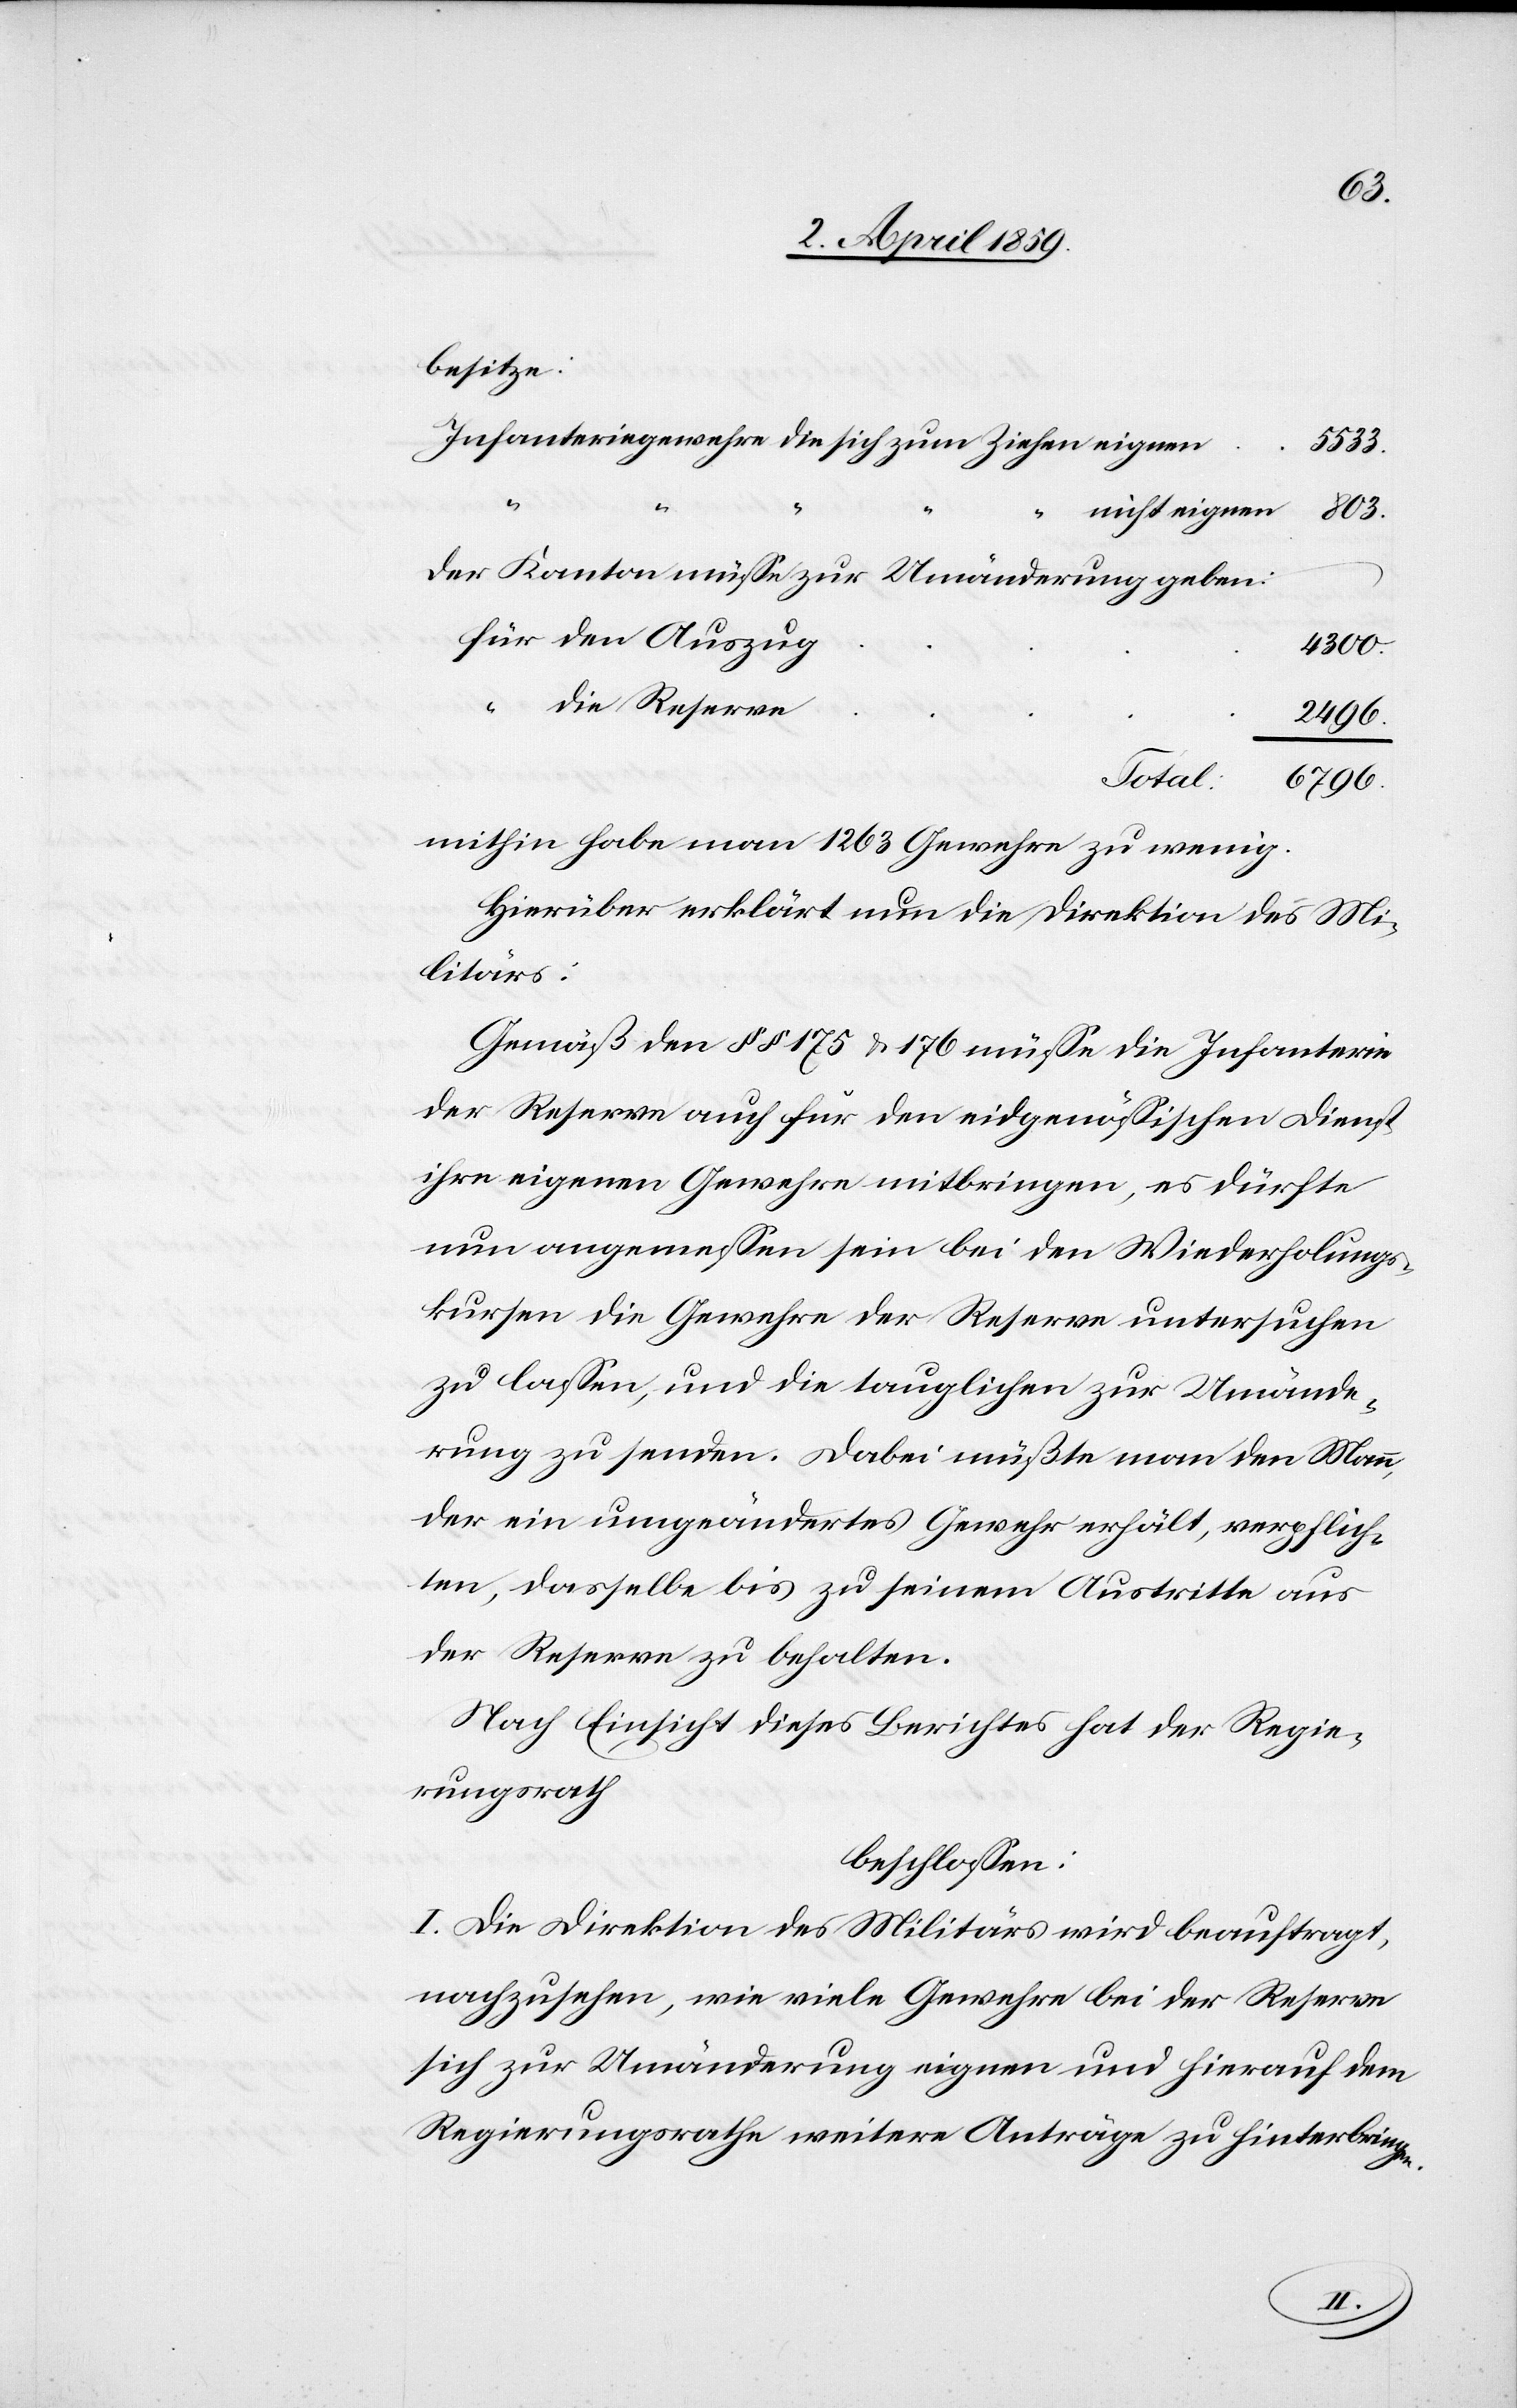
besitze:
5533.
nicht eignen
803.
der Kanton müße zur Umänderung geben:
4300.
“
die Reserve
2496.
Total:
6796.
mithin habe man 1263 Gewehre zu wenig.
Hierüber erklärt nun die Direktion des Mi¬
litärs:
Gemäß den § § 175 u. 176 müße die Infanterie
der Reserve auch für den eidgenößischen Dienst
ihre eigenen Gewehre mitbringen, es dürfte
nun angemeßen sein bei den Wiederholungs¬
kursen die Gewehre der Reserve untersuchen
zu laßen, und die tauglichen zur Umände¬
rung zu senden. Dabei müßte man den Mann,
der ein umgeändertes Gewehr erhält, verpflich¬
ten, dasselbe bis zu seinem Austritte aus
der Reserve zu behalten.
Nach Einsicht dieses Berichtes hat der Regie¬
rungsrath
beschloßen:
I. Die Direktion des Militärs wird beauftragt,
nachzusehen, wie viele Gewehre bei der Reseve
sich zur Umänderung eignen und hierauf dem
Regierungsrathe weitere Anträge zu hinterbringen.
die